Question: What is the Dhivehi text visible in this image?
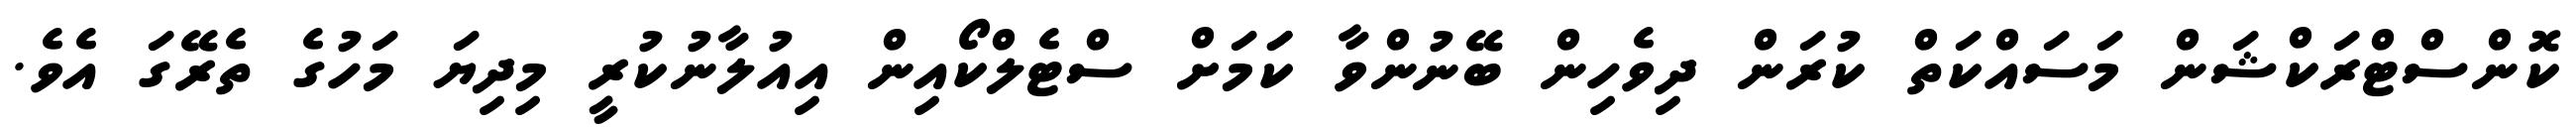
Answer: ކޮންސްޓްރަކްޝަން މަސައްކަތް ކުރަން ދިވެހިން ބޭނުންވާ ކަަމަށް ސްޓެލްކޯއިން އިއުލާނުކުރީ މިދިޔަ މަހުގެ ތެރޭގަ އެވެ.